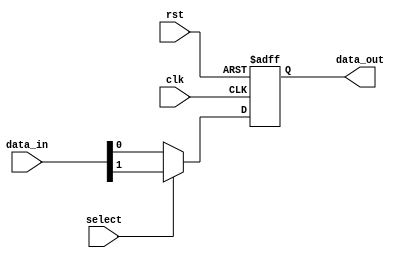
module mux_demux (
    input wire [1:0] data_in,
    input wire select,
    output reg data_out,
    input wire clk,
    input wire rst
);

always @(posedge clk or posedge rst)
begin
    if (rst) begin
        data_out <= 2'b0; // Reset data_out to 0
    end else begin
        if (select) begin
            data_out <= data_in[1]; // Connect data_in[1] to data_out if select is high
        end else begin
            data_out <= data_in[0]; // Connect data_in[0] to data_out if select is low
        end
    end
end

endmodule